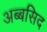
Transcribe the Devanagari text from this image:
अब्बसिद